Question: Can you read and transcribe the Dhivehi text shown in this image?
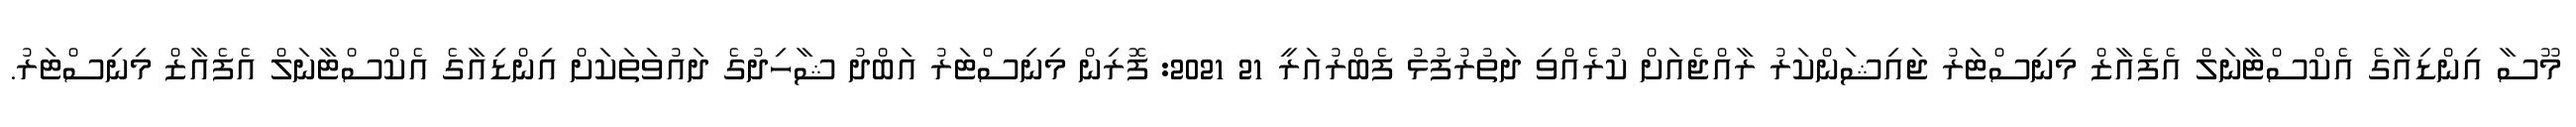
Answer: މޫސާ އިންޑިއާގެ އެކްސްޓާނަލް އެފެއާޒް މިނިސްޓަރު ޖައިޝަންކަރު ރާއްޖެއަށް ކުރެއްވި ދަތުރުފުޅު ފެބްރުއަރީ 21 2021: ފޮރިން މިނިސްޓަރު އަބްދު ޝާހިދުގެ ދައުވަތަކަށް އިންޑިއާގެ އެކްސްޓާނަލް އެފެއާޒް މިނިސްޓަރު.